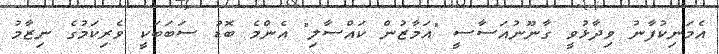
އެމަނިކުފާނު ވިދާޅުވީ ގާނޫނުއަސާސީ "އަމާޒުން ކައްސާލި" އެންމެ ބޮޑު ސަބަބަކީ ވެރިކަމުގެ ނިޒާމު